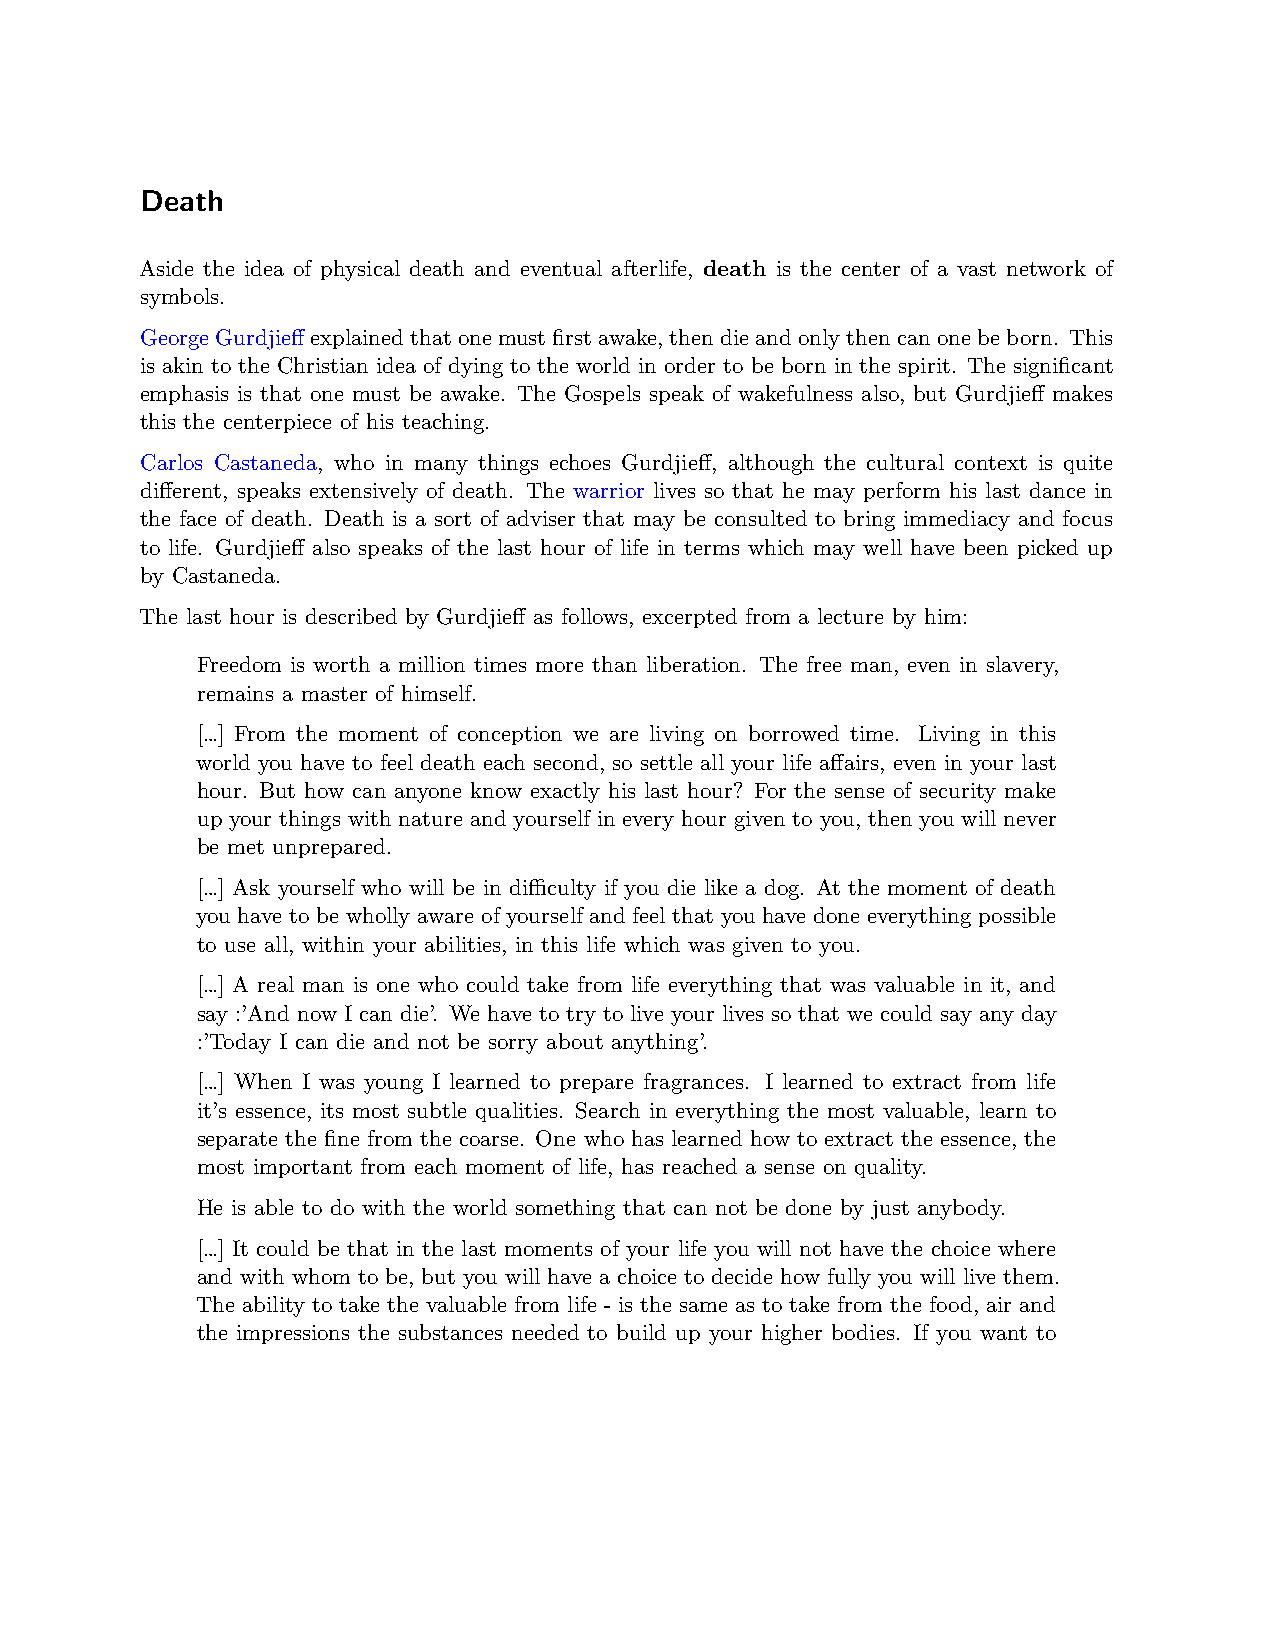
Death
 Aside the idea of physical death and eventual afterlife, death is the center of a vast network of
 symbols.
 GeorgeGurdjieffexplainedthatonemustfirstawake, thendieandonlythencanonebeborn. This
 is akin to the Christian idea of dying to the world in order to be born in the spirit. The significant
 emphasis is that one must be awake. The Gospels speak of wakefulness also, but Gurdjieff makes
 this the centerpiece of his teaching.
 Carlos Castaneda, who in many things echoes Gurdjieff, although the cultural context is quite
 different, speaks extensively of death. The warrior lives so that he may perform his last dance in
 the face of death. Death is a sort of adviser that may be consulted to bring immediacy and focus
 to life. Gurdjieff also speaks of the last hour of life in terms which may well have been picked up
 by Castaneda.
 The last hour is described by Gurdjieff as follows, excerpted from a lecture by him:
 Freedom is worth a million times more than liberation. The free man, even in slavery,
 remains a master of himself.
 […] From the moment of conception we are living on borrowed time. Living in this
 world you have to feel death each second, so settle all your life affairs, even in your last
 hour. But how can anyone know exactly his last hour? For the sense of security make
 up your things with nature and yourself in every hour given to you, then you will never
 be met unprepared.
 […] Ask yourself who will be in diﬀiculty if you die like a dog. At the moment of death
 you have to be wholly aware of yourself and feel that you have done everything possible
 to use all, within your abilities, in this life which was given to you.
 […] A real man is one who could take from life everything that was valuable in it, and
 say :’And now I can die’. We have to try to live your lives so that we could say any day
 :’Today I can die and not be sorry about anything’.
 […] When I was young I learned to prepare fragrances. I learned to extract from life
 it’s essence, its most subtle qualities. Search in everything the most valuable, learn to
 separate the fine from the coarse. One who has learned how to extract the essence, the
 most important from each moment of life, has reached a sense on quality.
 He is able to do with the world something that can not be done by just anybody.
 […] It could be that in the last moments of your life you will not have the choice where
 and with whom to be, but you will have a choice to decide how fully you will live them.
 The ability to take the valuable from life - is the same as to take from the food, air and
 the impressions the substances needed to build up your higher bodies. If you want to